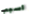
اسبب